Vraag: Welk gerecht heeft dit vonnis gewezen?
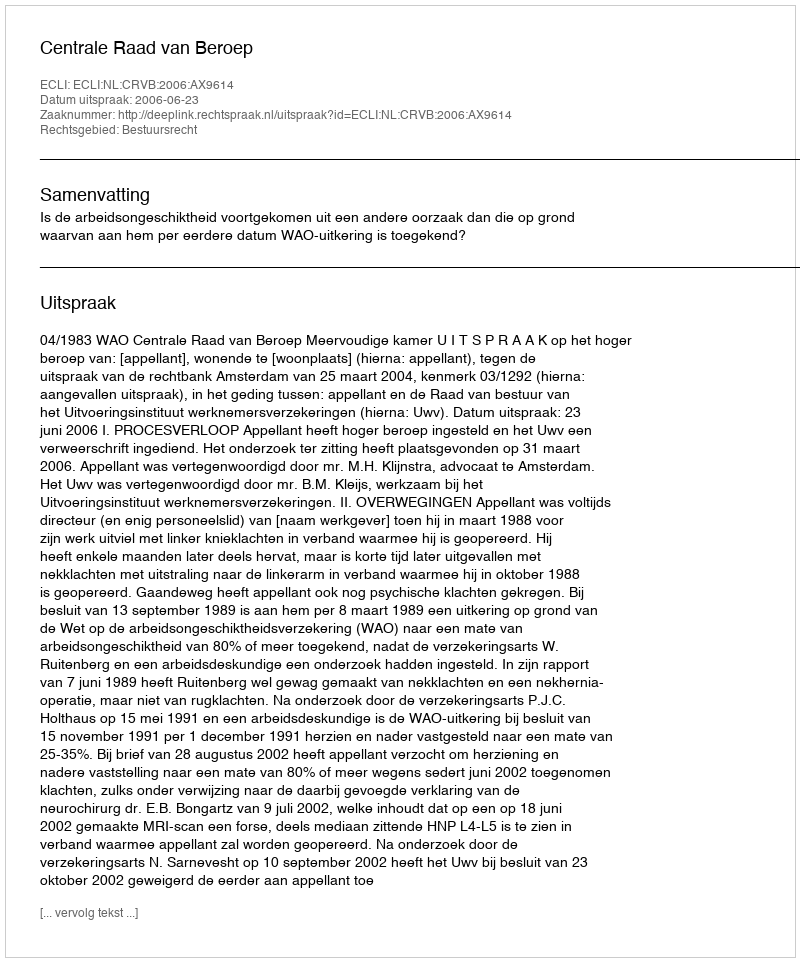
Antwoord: Centrale Raad van Beroep